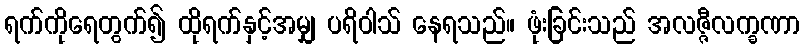
ရက်ကိုရေတွက်၍ ထိုရက်နှင့်အမျှ ပရိဝါသ် နေရသည်။ ဖုံးခြင်းသည် အလဇ္ဇီလက္ခဏာ